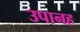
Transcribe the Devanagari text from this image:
उपानह